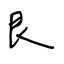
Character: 艮